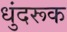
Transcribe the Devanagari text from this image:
धुंदरूक